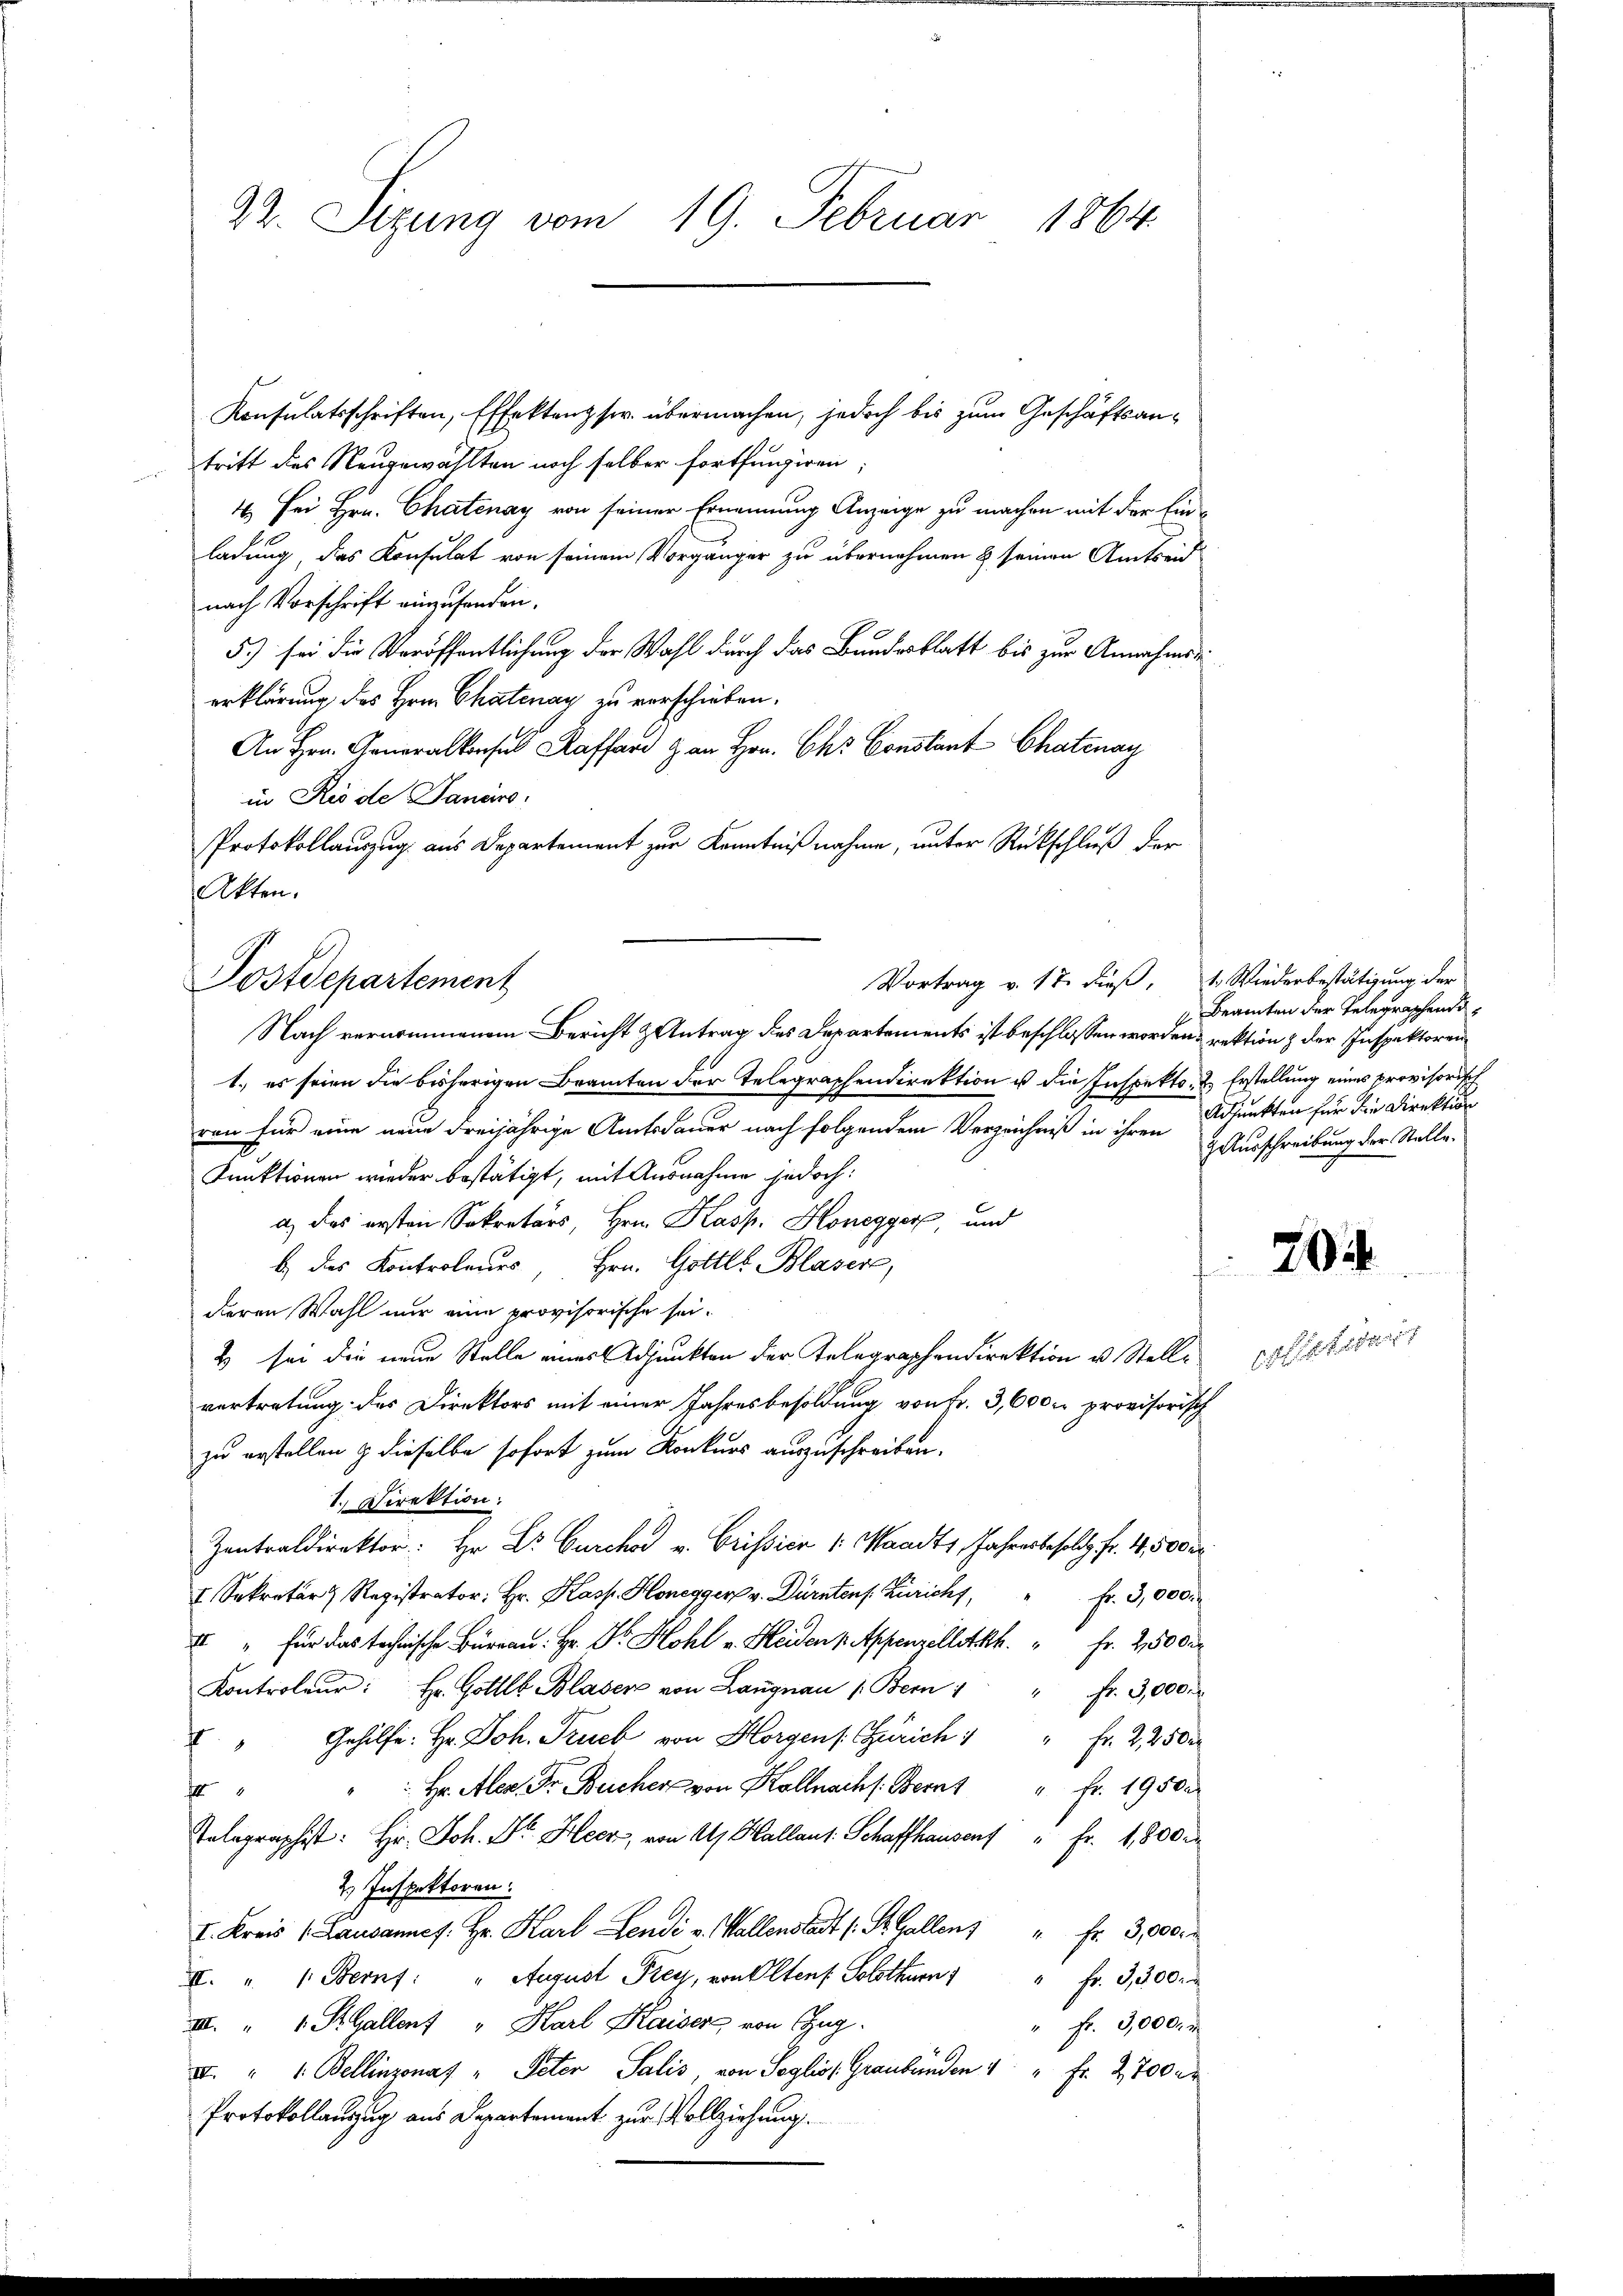
22. Sizung vom 19. Februar 1864.

Konsulatsschriften, Effektenz ser übermachen, jedoch bis zum Geschäftsantritt des Neugewählten noch selber fortfungiren;
4. Sei Hrn. Chatenay von seiner Ernennung Anzeige zu machen mit der Einladung, das Konsulat von seinem Vorgänger zu übernehmen & seinen Amtseid
nach Vorschrift einzusenden.
5.) sei die Veröffentlichung der Wahl durch das Bundesblatt bis zur Annahms
erklärung des Herrn Chatenau zu verschieben.
An Hrn. Generalkonses Raffard & an Hrn. Chr. Constant Chatenay
in Rio de Janeiro:
Protokollauszug aus Departement zur Kenntnißnahme, unter Rückschluß der
Akten.

Vortrag v. 17. dieß, 1. Wiederbestätigung der
Postdepartement
Nach vernommenem Bericht & Antrag des Departements ist beschlossen worden & rektion & der Inspektoren

1.) es seien die bisherigen Beamten der Telegraphendirektion u die Inspekto- u. Erstellung eines provisorisch
ren für eine neue dreijährige Amtsdauer nach folgendem Verzeichniß in ihren
Funktionen wieder bestätigt, mit Ausnahme jedoch:
a) Das ersten Sekretärs, Hrn. Kasp. Honegger, und
b.) des Kontroleurs, Hrn. Gottl. Blaser,
t
dieren Wahl nur eine provisorische sei.
& sei die neue Stelle eines Adjunkten der Telegraphendirektion u. Stelle
vertretung des Direktors mit einer Jahresbesoldung von Fr. 3,600 r provisorisch
zu erstellen & dieselbe sofort zum Konkurs auszuschreiben.
1. Direktion:
Zentraldirektor: Hr. Dr. Burchor v. Crissici v. Waadt, Jahresbesold. fr. 4 500 Fr.
 Sekreter Registrator Hr. Kasp. Honegger v. Dürntens Züricht, " fr. 3,000.
" " für das technische Büreau. Hr. Dr. Hohl v. Heiden Appenzellett. " Fr. 250 der
Kontroleŭr: Hr. Gottl. Blaser von Langnau (Bern " " fr. 3,000.
 " Gehilfe: Hr. Joh. Truck von Horgens Zürich " " fr. 2250.
 Hr. Aler. Dr. Bucher von Kalnach s. Bernt " Fr. 1950.
4
Telegraphist: Hr. Joh. Dr. Heer, von A. Kallaus: Schaffhausenf " Fr. 1800.
2. Inspektoren:
I. Kreis (Lausannes. Hr. Karl Lendi v. Wallenstadt (: St. Gallenz " Fr. 3,000.
I. " " Bernf: " August Frey, von Olten Solothurn " " fr. 3,300.
III 1 St. Gallenz " Karl Kaiser von Zug.
" Fr. 3,000. r
I. " 1. Bellinzonas " Peter Salis, von Soglio Graubünden " " Fr. 2,700 er
Protokollauzug aus Departement zur Vollziehung.

Beamten der Telegraschend d
Adjunkten für die Direktion
z Ausschreibung der Stelle.

204

osettet